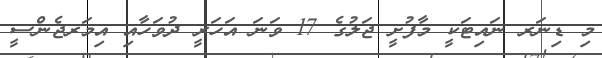
މި ޑިނަރ ނައިޓަކީ މާފުށީ ޖަލުގެ 17 ވަނަ އަހަރީ ދުވަހާއި އިމަރޖެންސީ